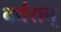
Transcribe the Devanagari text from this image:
बर्वरान्